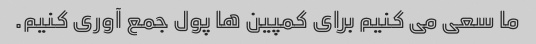
ما سعی می کنیم برای کمپین ها پول جمع آوری کنیم.